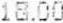
18.00